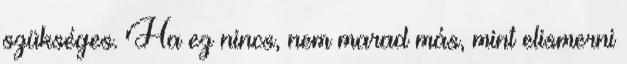
szükséges. Ha ez nincs, nem marad más, mint elismerni